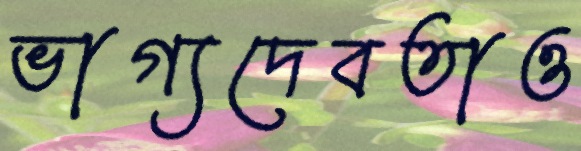
ভাগ্যদেবতাও